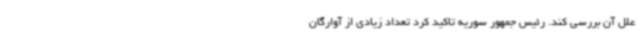
علل آن بررسی کند. رئیس جمهور سوریه تاکید کرد تعداد زیادی از آوارگان